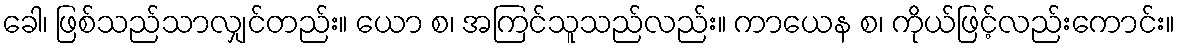
ခေါ၊ ဖြစ်သည်သာလျှင်တည်း။ ယော စ၊ အကြင်သူသည်လည်း။ ကာယေန စ၊ ကိုယ်ဖြင့်လည်းကောင်း။